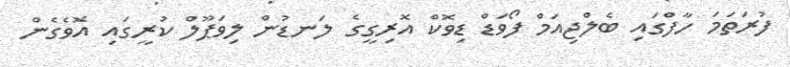
ފުރަތަމަ ހާފްގައި ބެލްޖިއަމް ފޯވަޑް ޑިވޮކް އޮރިގީގެ ލަނޑުން ލިވަޕޫލް ކުރީގައި އޮވެގެން